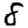
Digit: 8